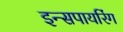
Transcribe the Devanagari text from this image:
इन्सपायरिंग